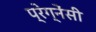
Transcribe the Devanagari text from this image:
प्रेग्नेंसी